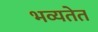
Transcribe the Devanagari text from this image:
भव्यतेत